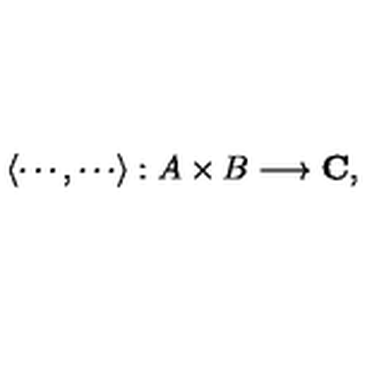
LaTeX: \langle \cdots , \cdots \rangle : A \times B \longrightarrow { \bf C } ,